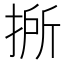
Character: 𢯢